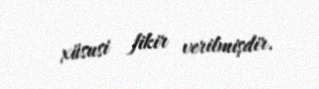
xüsusi fikir verilmişdir.